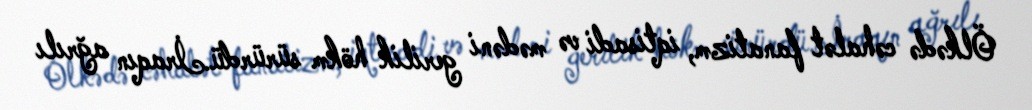
Ölkədə cəhalət fanatizm, iqtisadi və mədəni gerilik hökm sürürdü.İraqın ağrılı